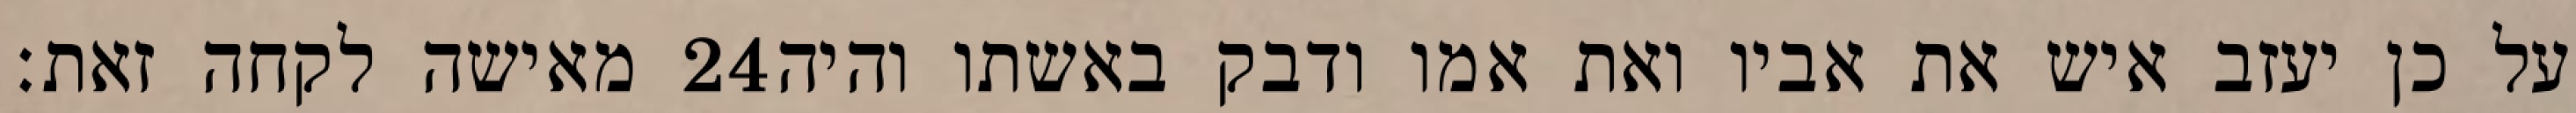
מאישה לקחה זאת׃ ‎24‏ על כן יעזב איש את אביו ואת אמו ודבק באשתו והיה